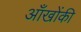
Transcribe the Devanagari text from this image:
आँखोंकी